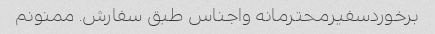
برخوردسفیرمحترمانه واجناس طبق سفارش. ممنونم